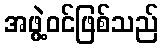
အဖွဲ့ဝင်ဖြစ်သည်